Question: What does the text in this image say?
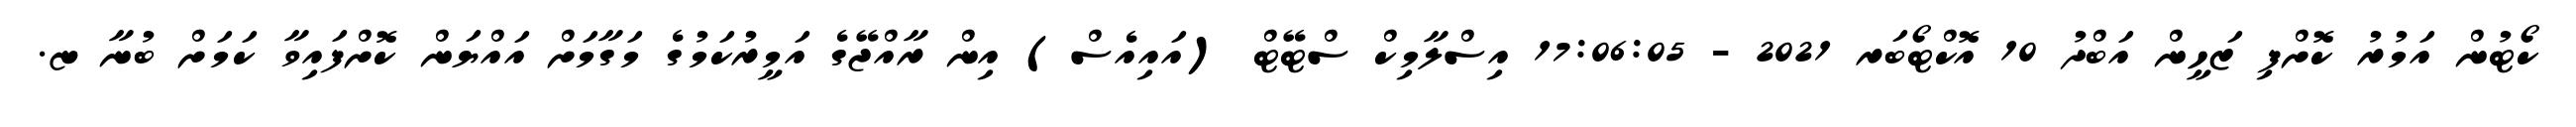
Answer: ކޯޓުން އަމުރު ކޮށްފި ޒަހީން އަބްދު 10 އޮކްޓޯބަރ 2021 - 17:06:05 އިސްލާމިކް ސްޓޭޓް (އައިއެސް) އިން ރާއްޖޭގެ އަމީރުކަމުގެ މަގާމަށް އައްޔަން ކޮށްފައިވާ ކަމަށް ބުނާ ޏ.